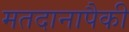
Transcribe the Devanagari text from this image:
मतदानापैकी